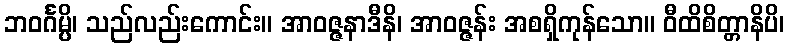
ဘဝင်္ဂမ္ပိ၊ သည်လည်းကောင်း။ အာဝဇ္ဇနာဒီနိ၊ အာဝဇ္ဇန်း အစရှိကုန်သော။ ဝီထိစိတ္တာနိပိ၊